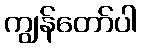
ကျွန်တော်ပါ